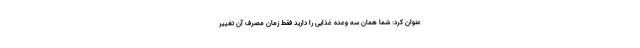
عنوان کرد: شما همان سه وعده غذایی را دارید فقط زمان مصرف آن تغییر